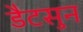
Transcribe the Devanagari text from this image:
डैटसुन